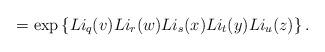
LaTeX: \begin{align*} = \exp\left\{ Li_q(v) Li_r(w) Li_{s}(x) Li_{t}(y) Li_u(z)\right\}. \end{align*}